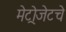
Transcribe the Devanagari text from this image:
मेट्रोजेटचे